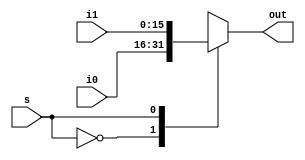
module mux2_to_1 (out, i0, i1, s);
	
	input [15:0] i0, i1;
	input s;

	output reg [15:0] out;
	
	initial 
		out = 16'd0;
		
	always @(s, i0, i1)
	begin	
	
		case (s)
			1'b0 : out = i0;
			1'b1 : out = i1;
			default : $display("Invalid signal");	
		endcase
	end	
	
endmodule